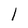
Character: l